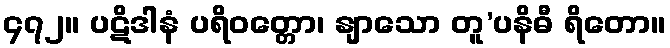
၄၇၂။ ပဋိဒါနံ ပရိဝတ္တော၊ နျာသော တူ’ပနိဓီ ရိတော။